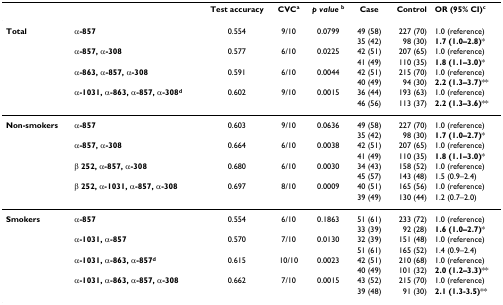
<table><thead><tr><td></td><td></td><td><b>Test accuracy</b></td><td><b>CVC<sup>a</sup></b></td><td><b><i>p value </i><sup>b</sup></b></td><td><b>Case</b></td><td><b>Control</b></td><td><b>OR (95% CI)<sup>c</sup></b></td></tr></thead><tbody><tr><td><b>Total</b></td><td><b>α-857</b></td><td>0.554</td><td>9/10</td><td>0.0799</td><td>49 (58)</td><td>227 (70)</td><td>1.0 (reference)</td></tr><tr><td></td><td></td><td></td><td></td><td></td><td>35 (42)</td><td>98 (30)</td><td><b>1.7 (1.0–2.8)</b>*</td></tr><tr><td></td><td><b>α-857, α-308</b></td><td>0.577</td><td>6/10</td><td>0.0225</td><td>42 (51)</td><td>207 (65)</td><td>1.0 (reference)</td></tr><tr><td></td><td></td><td></td><td></td><td></td><td>41 (49)</td><td>110 (35)</td><td><b>1.8 (1.1–3.0)</b>*</td></tr><tr><td></td><td><b>α-863, α-857, α-308</b></td><td>0.591</td><td>6/10</td><td>0.0044</td><td>42 (51)</td><td>215 (70)</td><td>1.0 (reference)</td></tr><tr><td></td><td></td><td></td><td></td><td></td><td>40 (49)</td><td>94 (30)</td><td><b>2.2 (1.3–3.7)</b>**</td></tr><tr><td></td><td><b>α-1031, α-863, α-857, α-308<sup>d</sup></b></td><td>0.602</td><td>9/10</td><td>0.0015</td><td>36 (44)</td><td>193 (63)</td><td>1.0 (reference)</td></tr><tr><td></td><td></td><td></td><td></td><td></td><td>46 (56)</td><td>113 (37)</td><td><b>2.2 (1.3–3.6)</b>**</td></tr><tr><td><b>Non-smokers</b></td><td><b>α-857</b></td><td>0.603</td><td>9/10</td><td>0.0636</td><td>49 (58)</td><td>227 (70)</td><td>1.0 (reference)</td></tr><tr><td></td><td></td><td></td><td></td><td></td><td>35 (42)</td><td>98 (30)</td><td><b>1.7 (1.0–2.7)</b>*</td></tr><tr><td></td><td><b>α-857, α-308</b></td><td>0.664</td><td>6/10</td><td>0.0038</td><td>42 (51)</td><td>207 (65)</td><td>1.0 (reference)</td></tr><tr><td></td><td></td><td></td><td></td><td></td><td>41 (49)</td><td>110 (35)</td><td><b>1.8 (1.1–3.0)</b>*</td></tr><tr><td></td><td><b>β 252, α-857, α-308</b></td><td>0.680</td><td>6/10</td><td>0.0030</td><td>34 (43)</td><td>158 (52)</td><td>1.0 (reference)</td></tr><tr><td></td><td></td><td></td><td></td><td></td><td>45 (57)</td><td>143 (48)</td><td>1.5 (0.9–2.4)</td></tr><tr><td></td><td><b>β 252, α-1031, α-857, α-308</b></td><td>0.697</td><td>8/10</td><td>0.0009</td><td>40 (51)</td><td>165 (56)</td><td>1.0 (reference)</td></tr><tr><td></td><td></td><td></td><td></td><td></td><td>39 (49)</td><td>130 (44)</td><td>1.2 (0.7–2.0)</td></tr><tr><td><b>Smokers</b></td><td><b>α-857</b></td><td>0.554</td><td>6/10</td><td>0.1863</td><td>51 (61)</td><td>233 (72)</td><td>1.0 (reference)</td></tr><tr><td></td><td></td><td></td><td></td><td></td><td>33 (39)</td><td>92 (28)</td><td><b>1.6 (1.0–2.7)</b>*</td></tr><tr><td></td><td><b>α-1031, α-857</b></td><td>0.570</td><td>7/10</td><td>0.0130</td><td>32 (39)</td><td>151 (48)</td><td>1.0 (reference)</td></tr><tr><td></td><td></td><td></td><td></td><td></td><td>51 (61)</td><td>165 (52)</td><td>1.4 (0.9–2.4)</td></tr><tr><td></td><td><b>α-1031, α-863, α-857<sup>d</sup></b></td><td>0.615</td><td>10/10</td><td>0.0023</td><td>42 (51)</td><td>210 (68)</td><td>1.0 (reference)</td></tr><tr><td></td><td></td><td></td><td></td><td></td><td>40 (49)</td><td>101 (32)</td><td><b>2.0 (1.2–3.3)</b>**</td></tr><tr><td></td><td><b>α-1031, α-863, α-857, α-308</b></td><td>0.662</td><td>7/10</td><td>0.0015</td><td>43 (52)</td><td>215 (70)</td><td>1.0 (reference)</td></tr><tr><td></td><td></td><td></td><td></td><td></td><td>39 (48)</td><td>91 (30)</td><td><b>2.1 (1.3-3.5)</b>**</td></tr></tbody></table>